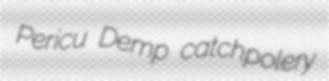
Pericu Demp catchpolery